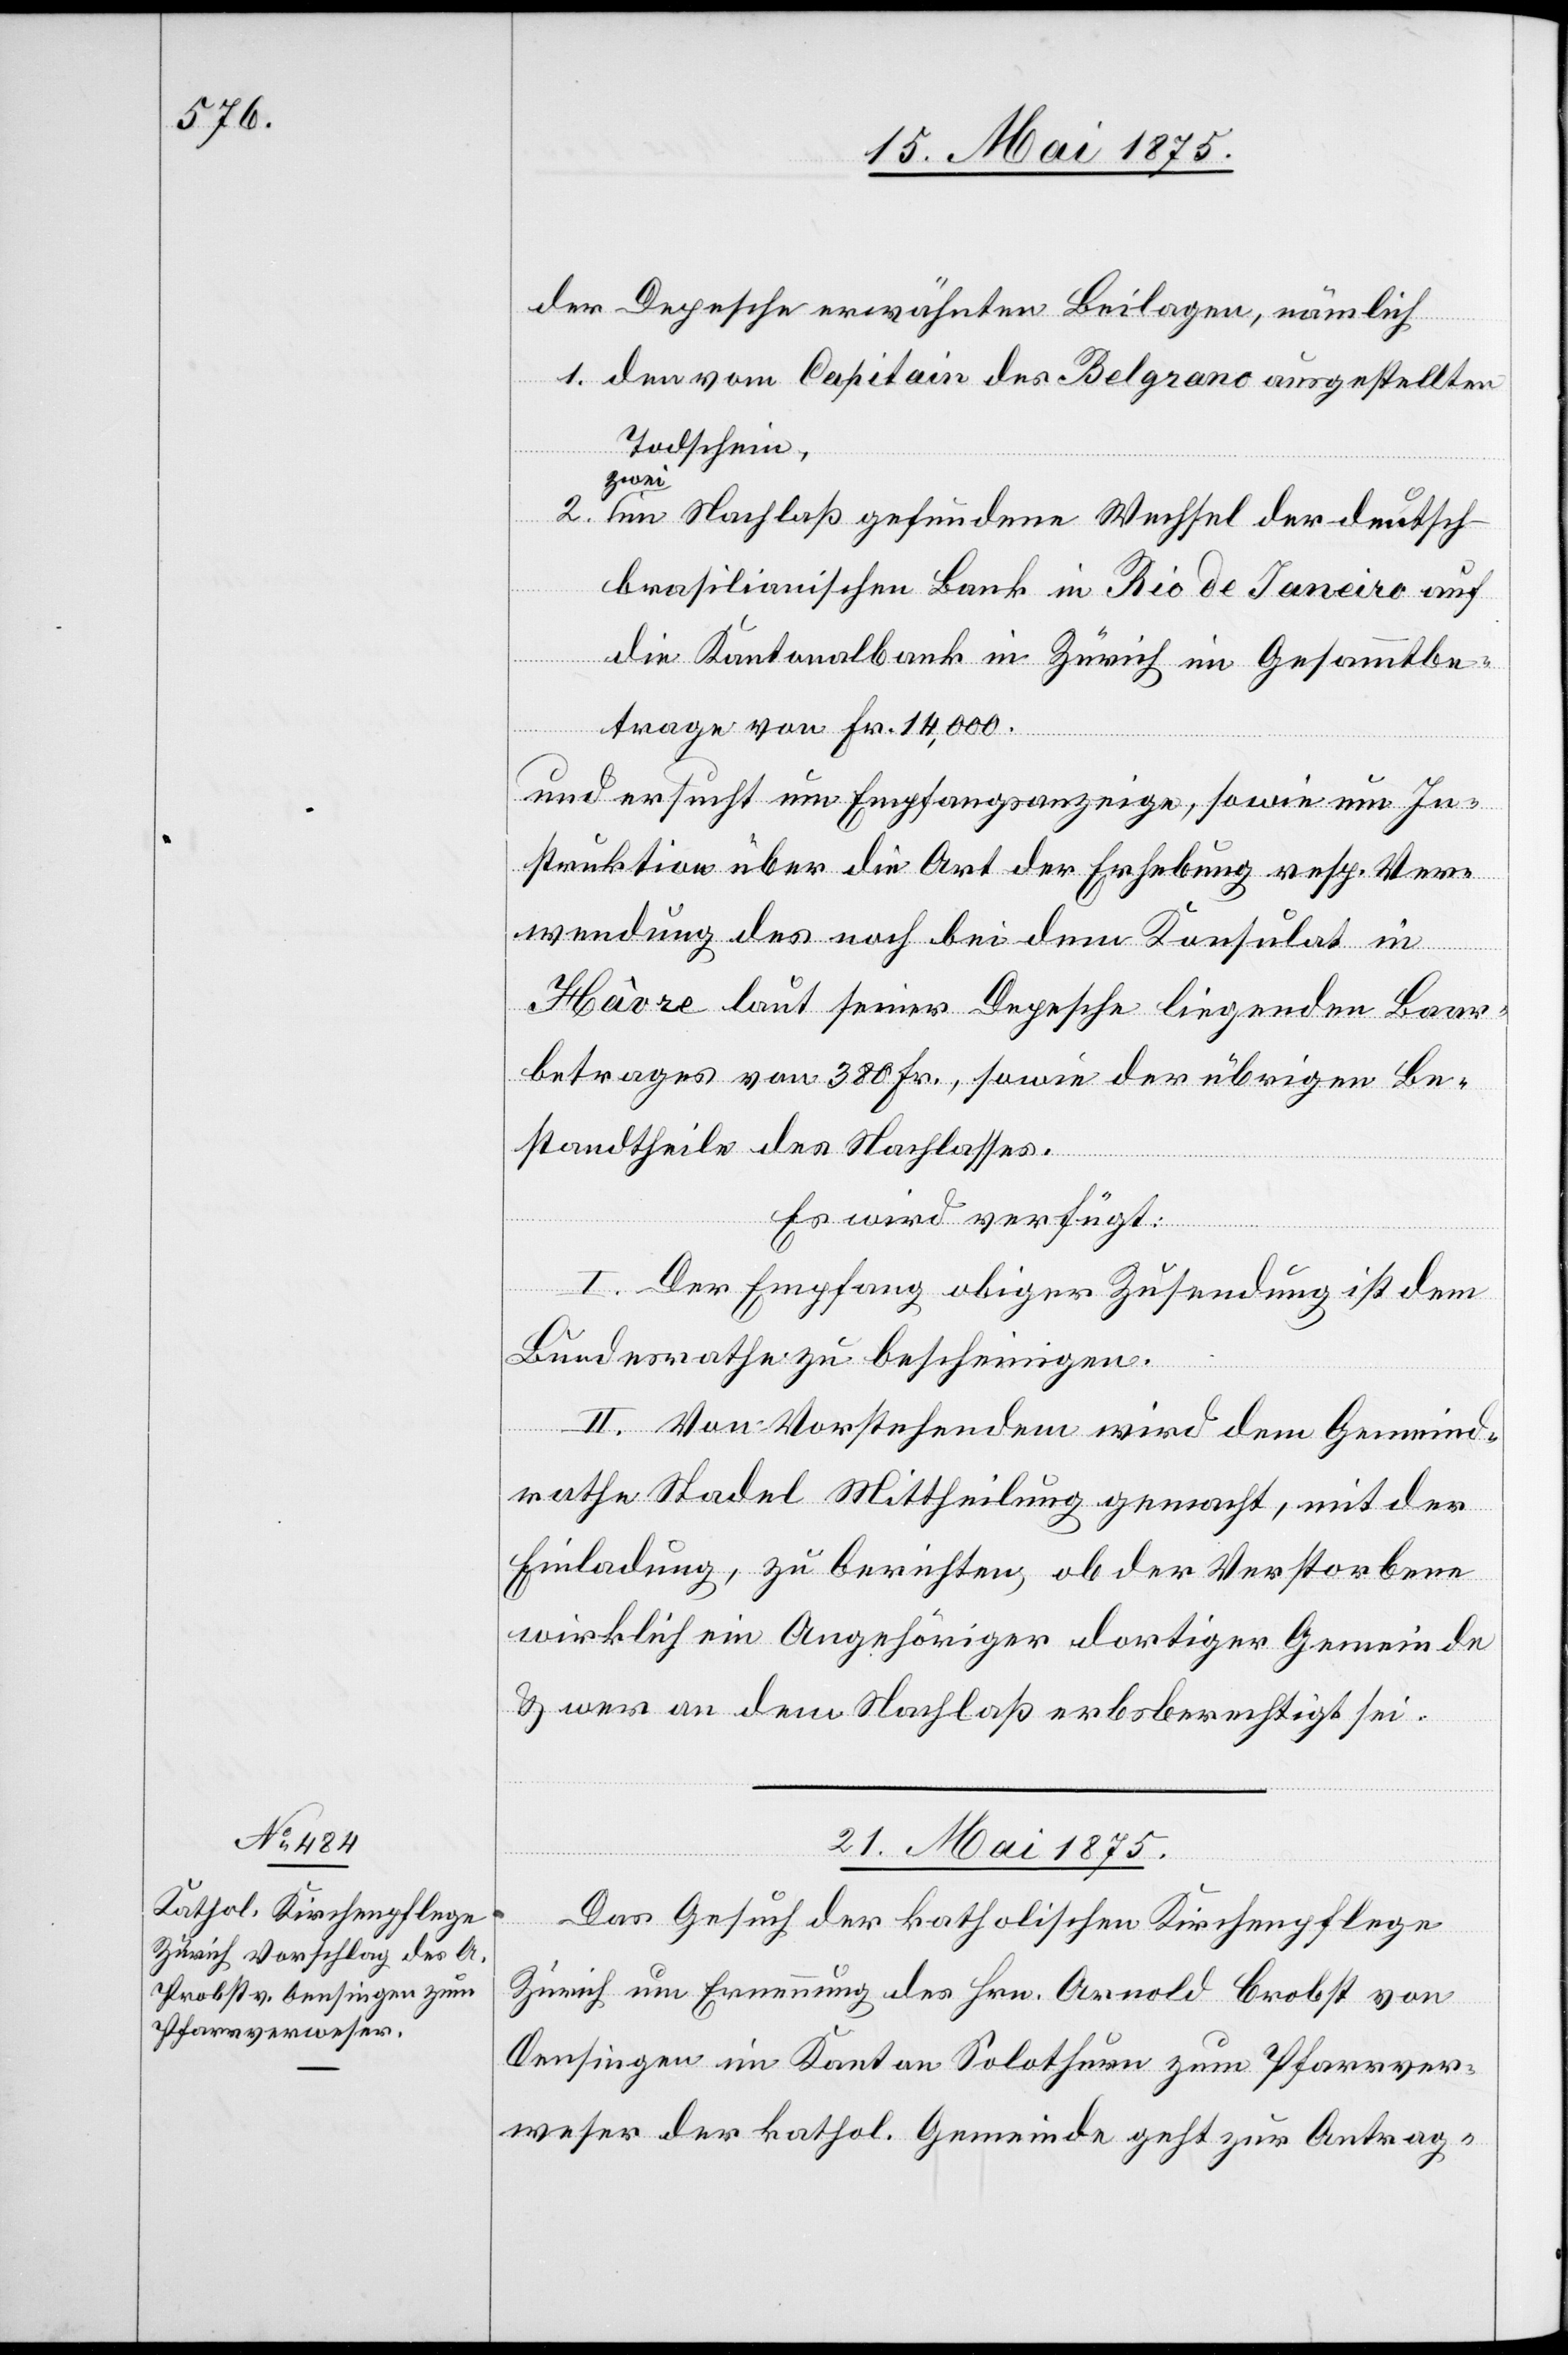
der Depesche erwähnten Beilagen, nämlich
2.
1. den von Capitain des Belgrano ausgestellten
Todschein,
zwe¬
i im Nachlaß gefundene Wechsel der deutsc¬
h-brasilianische Bank in Rio de Janeiro auf
die Kantonalbank in Zürich im Gesammtbe¬
von
trage von Fr. 14,000.
und ersucht um Empfangsanzeige, sowie um In¬
struktion über Art der Erhebung resp. Ver¬
wendung des noch bei dem Konsulat in
Hâvre laut seiner Depesche liegenden Baar¬
betrages von 380 Fr., sowie der übrigen Be¬
standtheile des Nachlasses.
Es wird verfügt:
I. Der Empfang obiger Zusendung ist dem
Bundesrathe zu bescheinigen.
II. Von Vorstehendem wird dem Gemeind¬
rathe Stadel Mittheilung gemacht, mit der
Einladung, zu berichten, ob der Verstorbene
wirklich ein Angehöriger dortiger Gemeinde
& wer an dem Nachlaß erbberechtigt sei.
gungen]
21. Mai 1875.
Das Gesuch der katholischen kirchenpflege
Zürich um Ernennung des Hrn. Arnold Brobst
Oensingen im Kanton Solothurn zum Pfarrver¬
weser der kathol. Gemeinde geht zur Antrag-